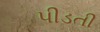
પીડતી